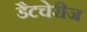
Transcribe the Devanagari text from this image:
डैटचेरीज